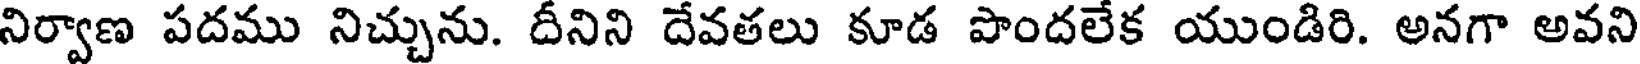
నిర్వాణ పదము నిచ్చును. దీనిని దేవతలు కూడ పొందలేక యుండిరి. అనగా అవని